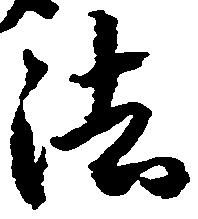
法